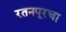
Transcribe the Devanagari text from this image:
रतनपूरचा